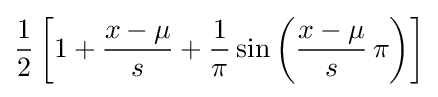
{\frac {1}{2}}\left[1+{\frac {x-\mu }{s}}+{\frac {1}{\pi }}\sin \left({\frac {x-\mu }{s}}\,\pi \right)\right]